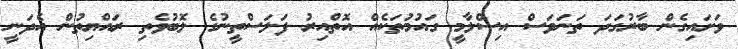
ވަށައިގެން ބާރުގަދަ ތަނަވަސް އިސްލާމީ ގައުމުތަކެއް އޮތްއިރު ފަލަސްތީނުގެ ލޮބުވެތި ރައްޔިތުން އެދަނީ